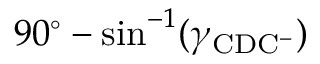
9 0 ^ { \circ } - \sin ^ { - 1 } ( \gamma _ { \mathrm { C D C ^ { - } } } )